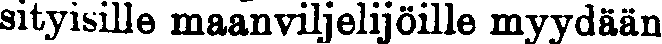
sityisille maanviljelijöille myydään